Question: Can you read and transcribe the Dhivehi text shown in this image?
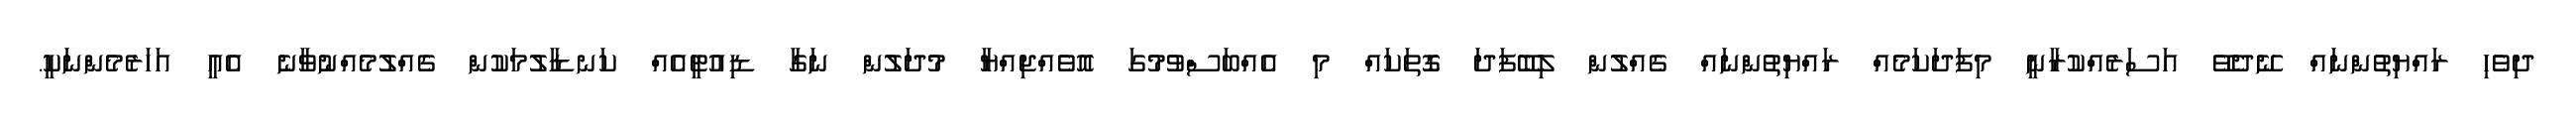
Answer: ދިވެހި ރައްޔިތުންނައް ނޭދެވޭ އަސަރެއްކުރާނީ މިފަދަކަމެއް ރައްޔިތުންނައް ގެއްލުން ލިބޭފަދަ ގޮތަކައް މި އެއްބަސްވުމުގަ އޮވެއްޖިއްޔާ މުދަލުން ނަގާ ޑިއުޓީއެއް ކަނޑާލުމަކުން ގެއްލުމެއްނުވާނެ އެއީ އަހަރެމެންނަކީ.